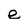
Character: e